Report on plague in the Punjab from October 1st ... to September 30th ..., being the ... season of plague in the province
Disease focus: Plague
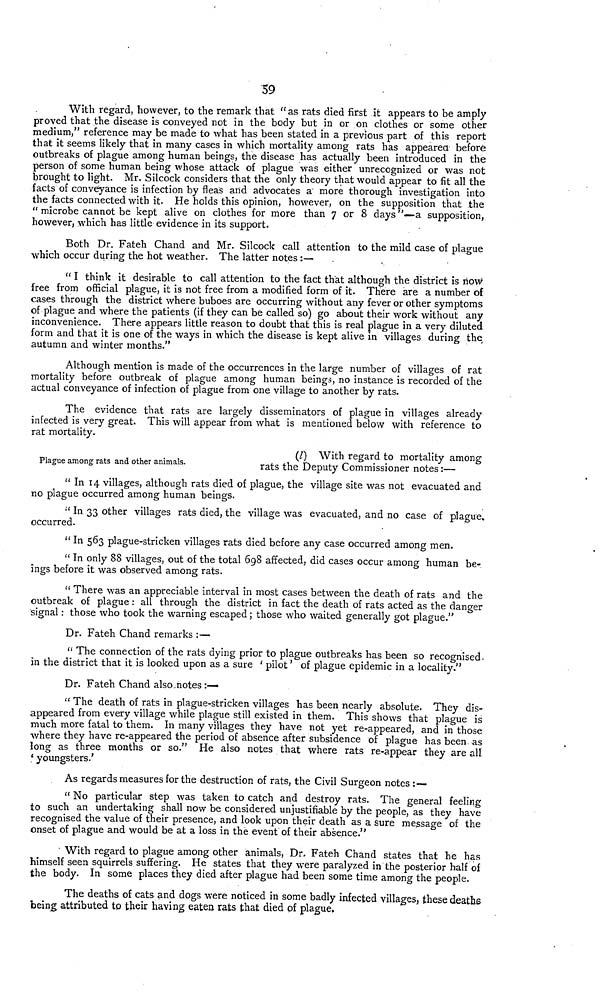
59
With regard, however, to the remark that "as rats died first it appears to be amply
proved that the disease is conveyed not in the body but in or on clothes or some other
medium," reference may be made to what has been stated in a previous part of this report
that it seems likely that in many cases in which mortality among rats has appeared before
outbreaks of plague among human beings, the disease has actually been introduced in the
person of some human being whose attack of plague was either unrecognized or was not
brought to light. Mr. Silcock considers that the only theory that would appear to fit all the
facts of conveyance is infection by fleas and advocates a more thorough investigation into
the facts connected with it. He holds this opinion, however, on the supposition that the
" microbe cannot be kept alive on clothes for more than 7 or 8 days "—a supposition,
however, which has little evidence in its support.
Both Dr. Fateh Chand and Mr. Silcock call attention to the mild case of plague
which occur during the hot weather. The latter notes :—
" I think it desirable to call attention to the fact that although the district is now
free from official plague, it is not free from a modified form of it. There are a number of
cases through the district where buboes are occurring without any fever or other symptoms
of plague and where the patients (if they can be called so) go about their work without any
inconvenience. There appears little reason to doubt that this is real plague in a very diluted
form and that it is one of the ways in which the disease is kept alive in villages during the
autumn and winter months."
Although mention is made of the occurrences in the large number of villages of rat
mortality before outbreak of plague among human beings, no instance is recorded of the
actual conveyance of infection of plague from one village to another by rats.
The evidence that rats are largely disseminators of plague in villages already
infected is very great. This will appear from what is mentioned below with reference to
rat mortality.
Plague among rats and other animals.
(l) With regard to mortality among
rats the Deputy Commissioner notes :—
" In 14 villages, although rats died of plague, the village site was not evacuated and
no plague occurred among human beings.
'' In 33 other villages rats died, the village was evacuated, and no case of plague«
occurred.
" In 563 plague-stricken villages rats died before any case occurred among men.
" In only 88 villages, out of the total 698 affected, did cases occur among human be-
ings before it was observed among rats.
" There was an appreciable interval in most cases between the death of rats and the
outbreak of plague : all through the district in fact the death of rats acted as the danger
signal : those who took the warning escaped ; those who waited generally got plague."
Dr. Fateh Chand remarks :—
" The connection of the rats dying prior to plague outbreaks has been so recognised,
in the district that it is looked upon as a sure ' pilot ' of plague epidemic in a locality,"
Dr. Fateh Chand also .notes :—
" The death of rats in plague-stricken villages has been nearly absolute. They dis-
appeared from every village while plague still existed in them. This shows that plague is
much more fatal to them. In many villages they have not yet re-appeared, and in those
where they have re-appeared the period of absence after subsidence of plague has been- as
iong as three months or so." He also notes that where rats re-appear they are all
' youngsters.'
As regards measures for the destruction of rats, the Civil Surgeon notes:—
" No particular step was taken to catch and destroy rats. The general feeling
to such an undertaking shall now be considered unjustifiable by the people, as they have
recognised the value of their presence, and look upon their death as a sure message of the
onset of plague and would be at a loss in the event of their absence."
• With regard to plague among other animals, Dr. Fateh Chand states that he has
himself seen squirrels suffering. He states that they were paralyzed in the posterior half of
the body. In some places they died after plague had been some time among the people.
The deaths of cats and dogs were noticed in some badly infected villages, these deaths
being attributed to their having eaten rats that died of plague,